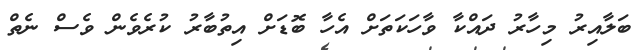
ބަލާއިރު މިހާރު ދައްކާ ވާހަކަތަށް އެހާ ބޮޑަށް އިތުބާރު ކުރެވެން ވެސް ނެތް